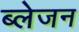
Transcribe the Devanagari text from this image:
ब्लेजन